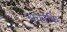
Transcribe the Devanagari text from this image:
लकाकि